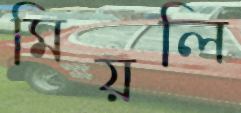
মিয়লি